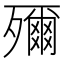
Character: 𭮤